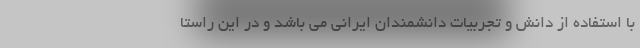
با استفاده از دانش و تجربیات دانشمندان ایرانی می باشد و در این راستا